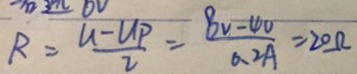
R = \frac { u - U _ { P } } { 2 } = \frac { 8 v - 4 0 } { 0 . 2 A } = 2 0 \Omega